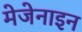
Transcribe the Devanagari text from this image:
मेजेनाइन